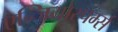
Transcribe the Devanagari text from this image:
एन्जियोस्पर्म्स